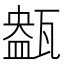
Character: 𤭹